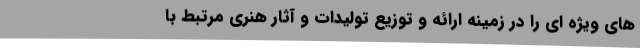
های ویژه ای را در زمینه ارائه و توزیع تولیدات و آثار هنری مرتبط با